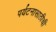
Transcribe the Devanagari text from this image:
पर्यटनासाठीची